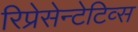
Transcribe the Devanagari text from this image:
रिप्रेसेन्टेटिव्स